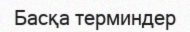
Басқа терминдер